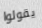
يقولوا